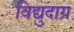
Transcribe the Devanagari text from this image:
विद्युदाग्र